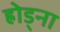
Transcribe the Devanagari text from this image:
ह्रोड्ना